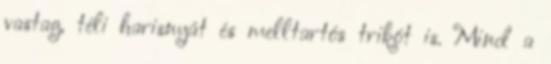
vastag, téli harisnyát és melltartós trikót is. Mind a